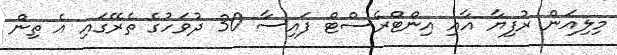
މިލިއަން ރުފިޔާ އާއި އިންޓްރެސްޓް ފައިސާ 30 ދުވަހުގެ ތެރޭގައި އެ ތިން